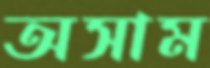
অসাম